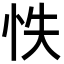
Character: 怢